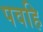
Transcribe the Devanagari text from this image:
पवहि